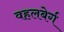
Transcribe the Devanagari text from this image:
वहलबेर्ग